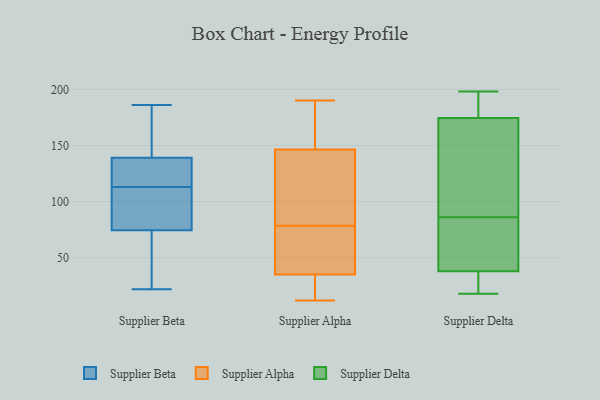
{"axis": {"x": "Latency (ms)", "y": "Value"}, "legend": ["Supplier Alpha", "Supplier Beta", "Supplier Delta"], "data": [{"x": "", "y": 138, "type": "Supplier Beta"}, {"x": "", "y": 129, "type": "Supplier Beta"}, {"x": "", "y": 80, "type": "Supplier Beta"}, {"x": "", "y": 22, "type": "Supplier Beta"}, {"x": "", "y": 149, "type": "Supplier Beta"}, {"x": "", "y": 69, "type": "Supplier Beta"}, {"x": "", "y": 132, "type": "Supplier Beta"}, {"x": "", "y": 83, "type": "Supplier Beta"}, {"x": "", "y": 186, "type": "Supplier Beta"}, {"x": "", "y": 140, "type": "Supplier Beta"}, {"x": "", "y": 97, "type": "Supplier Beta"}, {"x": "", "y": 39, "type": "Supplier Beta"}, {"x": "", "y": 26, "type": "Supplier Alpha"}, {"x": "", "y": 184, "type": "Supplier Alpha"}, {"x": "", "y": 147, "type": "Supplier Alpha"}, {"x": "", "y": 35, "type": "Supplier Alpha"}, {"x": "", "y": 91, "type": "Supplier Alpha"}, {"x": "", "y": 146, "type": "Supplier Alpha"}, {"x": "", "y": 188, "type": "Supplier Alpha"}, {"x": "", "y": 190, "type": "Supplier Alpha"}, {"x": "", "y": 70, "type": "Supplier Alpha"}, {"x": "", "y": 35, "type": "Supplier Alpha"}, {"x": "", "y": 12, "type": "Supplier Alpha"}, {"x": "", "y": 71, "type": "Supplier Alpha"}, {"x": "", "y": 34, "type": "Supplier Alpha"}, {"x": "", "y": 141, "type": "Supplier Alpha"}, {"x": "", "y": 60, "type": "Supplier Alpha"}, {"x": "", "y": 86, "type": "Supplier Alpha"}, {"x": "", "y": 53, "type": "Supplier Delta"}, {"x": "", "y": 198, "type": "Supplier Delta"}, {"x": "", "y": 86, "type": "Supplier Delta"}, {"x": "", "y": 107, "type": "Supplier Delta"}, {"x": "", "y": 197, "type": "Supplier Delta"}, {"x": "", "y": 50, "type": "Supplier Delta"}, {"x": "", "y": 93, "type": "Supplier Delta"}, {"x": "", "y": 34, "type": "Supplier Delta"}, {"x": "", "y": 198, "type": "Supplier Delta"}, {"x": "", "y": 22, "type": "Supplier Delta"}, {"x": "", "y": 18, "type": "Supplier Delta"}]}